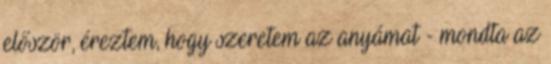
először, éreztem, hogy szeretem az anyámat - mondta az